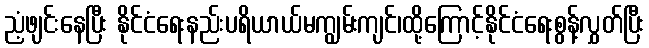
ညံ့ဖျင်းနေပြီး နိုင်ငံရေးနည်းပရိယာယ်မကျွမ်းကျင်၊ထို့ကြောင့်နိုင်ငံရေးစွန့်လွှတ်ပြီး